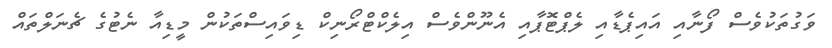
ވަގުތަކުވެސް ފޯނާއި އައިޕެޑާއި ލެޕްޓޮޕާއި އެނޫންވެސް އިލެކްޓްރޯނިކް ޑިވައިސްތަކުން މީޑިއާ ނެޓުގެ ޗެނަލްތައް